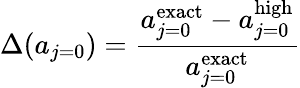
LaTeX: \Delta(a_{j=0})=\frac{a_{j=0}^{\mathrm{exact}}-a_{j=0}^{\mathrm{high}}}{a_{j=0}^{\mathrm{exact}}}